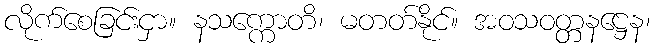
လိုက်စေခြင်းငှာ။ နသက္ကောတိ၊ မတတ်နိုင်။ အဝသဝတ္တနဋ္ဌေန၊